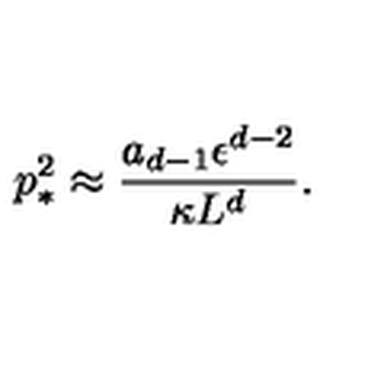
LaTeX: p _ { * } ^ { 2 } \approx { \frac { a _ { d - 1 } \epsilon ^ { d - 2 } } { \kappa L ^ { d } } } .